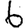
Digit: 6